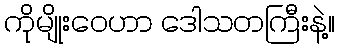
ကိုမျိုးဝေဟာ ဒေါသတကြီးနဲ့။